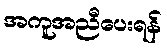
အကူအညီပေးရန်